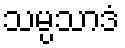
သမ္ပသာဒံ